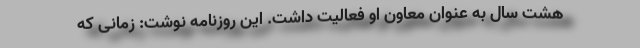
هشت سال به عنوان معاون او فعالیت داشت. این روزنامه نوشت: زمانی که